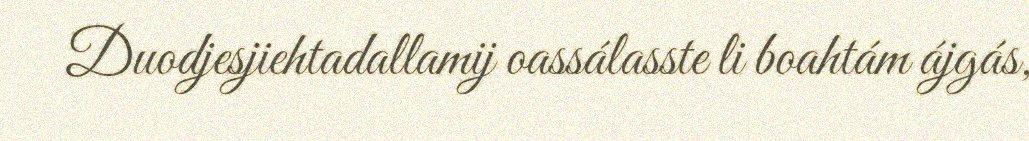
Duodjesjiehtadallamij oassálasste li boahtám ájgás,